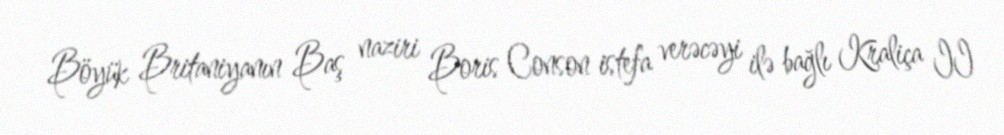
Böyük Britaniyanın Baş naziri Boris Conson istefa verəcəyi ilə bağlı Kraliça II